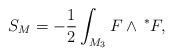
LaTeX: \begin{align*}S_M=-\frac 12\int_{M_3}F\wedge {\thinspace}^{*}F , \end{align*}